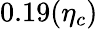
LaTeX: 0.19(\eta_{c})